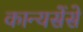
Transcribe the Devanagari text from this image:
कान्यसेंसे